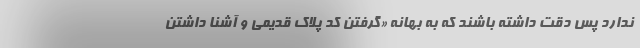
ندارد پس دقت داشته باشند که به بهانه «گرفتن کد پلاک قدیمی و آشنا داشتن